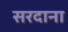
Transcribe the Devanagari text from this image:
सरदाना